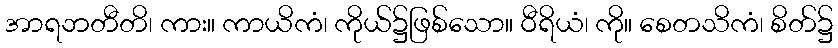
အာရဘတီတိ၊ ကား။ ကာယိကံ၊ ကိုယ်၌ဖြစ်သော။ ဝီရိယံ၊ ကို။ စေတသိကံ၊ စိတ်၌